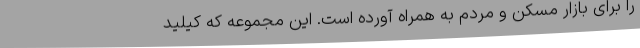
را برای بازار مسکن و مردم به همراه آورده است. این مجموعه که کیلید